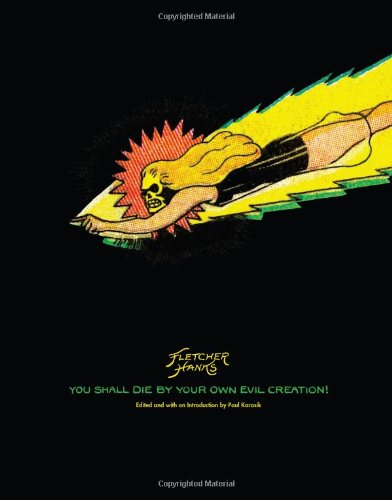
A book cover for You Shall Die By Your Own Evil Creation!; Fletcher Hanks; Comics & Graphic Novels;